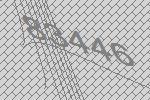
83446